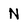
Character: N